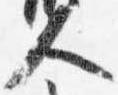
人